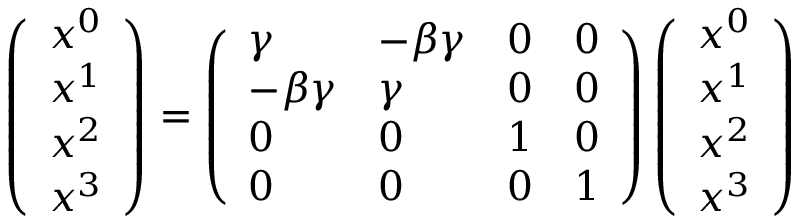
\left( \begin{array} { l } { x ^ { 0 } } \\ { x ^ { 1 } } \\ { x ^ { 2 } } \\ { x ^ { 3 } } \end{array} \right) = \left( \begin{array} { l l l l } { \gamma } & { - \beta \gamma } & { 0 } & { 0 } \\ { - \beta \gamma } & { \gamma } & { 0 } & { 0 } \\ { 0 } & { 0 } & { 1 } & { 0 } \\ { 0 } & { 0 } & { 0 } & { 1 } \end{array} \right) \left( \begin{array} { l } { x ^ { 0 } } \\ { x ^ { 1 } } \\ { x ^ { 2 } } \\ { x ^ { 3 } } \end{array} \right)